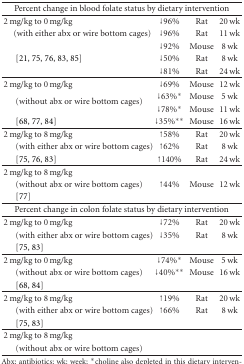
<table><thead><tr><td colspan="4"><b>Percent change in blood folate status by dietary intervention</b></td></tr></thead><tbody><tr><td>2 mg/kg to 0 mg/kg</td><td>↓96%</td><td>Rat</td><td>20 wk</td></tr><tr><td> (with either abx or wire bottom cages)</td><td>↓96%</td><td>Rat</td><td>11 wk</td></tr><tr><td> </td><td>↓92%</td><td>Mouse</td><td>8 wk</td></tr><tr><td>[21, 75, 76, 83, 85]</td><td>↓50%</td><td>Rat</td><td>8 wk</td></tr><tr><td> </td><td>↓81%</td><td>Rat</td><td>24 wk</td></tr><tr><td>2 mg/kg to 0 mg/kg</td><td>↓69%</td><td>Mouse</td><td>12 wk</td></tr><tr><td rowspan="2">(without abx or wire bottom cages)</td><td>↓63%*</td><td>Mouse</td><td>5 wk</td></tr><tr><td>↓78%*</td><td>Mouse</td><td>11 wk</td></tr><tr><td>[68, 77, 84]</td><td>↓35%**</td><td>Mouse</td><td>16 wk</td></tr><tr><td>2 mg/kg to 8 mg/kg</td><td>↑58%</td><td>Rat</td><td>20 wk</td></tr><tr><td>(with either abx or wire bottom cages)</td><td>↑62%</td><td>Rat</td><td>8 wk</td></tr><tr><td>[75, 76, 83]</td><td>↑140%</td><td>Rat</td><td>24 wk</td></tr><tr><td>2 mg/kg to 8 mg/kg</td><td> </td><td> </td><td> </td></tr><tr><td>(without abx or wire bottom cages)</td><td>↑44%</td><td>Mouse</td><td>12 wk</td></tr><tr><td>[77]</td><td> </td><td> </td><td> </td></tr><tr><td colspan="4">Percent change in colon folate status by dietary intervention</td></tr><tr><td>2 mg/kg to 0 mg/kg</td><td>↓72%</td><td>Rat</td><td>20 wk</td></tr><tr><td>(with either abx or wire bottom cages)</td><td>↓35%</td><td>Rat</td><td>8 wk</td></tr><tr><td>[75, 83]</td><td> </td><td> </td><td> </td></tr><tr><td>2 mg/kg to 0 mg/kg</td><td>↓74%*</td><td>Mouse</td><td>5 wk</td></tr><tr><td>(without abx or wire bottom cages)</td><td>↓40%**</td><td>Mouse</td><td>16 wk</td></tr><tr><td>[68, 84]</td><td> </td><td> </td><td> </td></tr><tr><td>2 mg/kg to 8 mg/kg</td><td>↑19%</td><td>Rat</td><td>20 wk</td></tr><tr><td>(with either abx or wire bottom cages)</td><td>↑66%</td><td>Rat</td><td>8 wk</td></tr><tr><td>[75, 83]</td><td> </td><td> </td><td> </td></tr><tr><td>2 mg/kg to 8 mg/kg</td><td> </td><td> </td><td> </td></tr><tr><td>(without abx or wire bottom cages)</td><td> </td><td> </td><td> </td></tr></tbody></table>